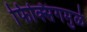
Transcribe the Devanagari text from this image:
फिक्सिंगमुळे